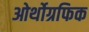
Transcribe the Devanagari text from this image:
ओर्थोग्रफिक